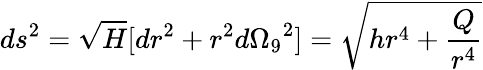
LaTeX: ds^{2}=\sqrt{H}[dr^{2}+r^{2}{d\Omega_{9}}^{2}]=\sqrt{hr^{4}+\frac{Q}{r^{4}}}